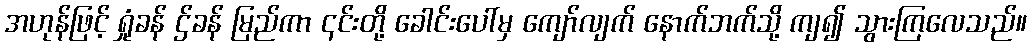
အဟုန်ဖြင့် ရှုံခန် ဌ်ခန် မြည်ကာ ၎င်းတို့ ခေါင်းပေါ်မှ ကျော်လျက် နောက်ဘက်သို့ ကျ၍ သွားကြလေသည်။